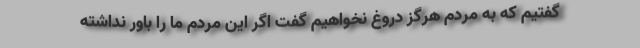
گفتیم که به مردم هرگز دروغ نخواهیم گفت اگر این مردم ما را باور نداشته